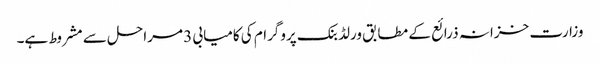
وزارت خزانہ ذرائع کے مطابق ورلڈ بنک پروگرام کی کامیابی 3 مراحل سے مشروط ہے۔